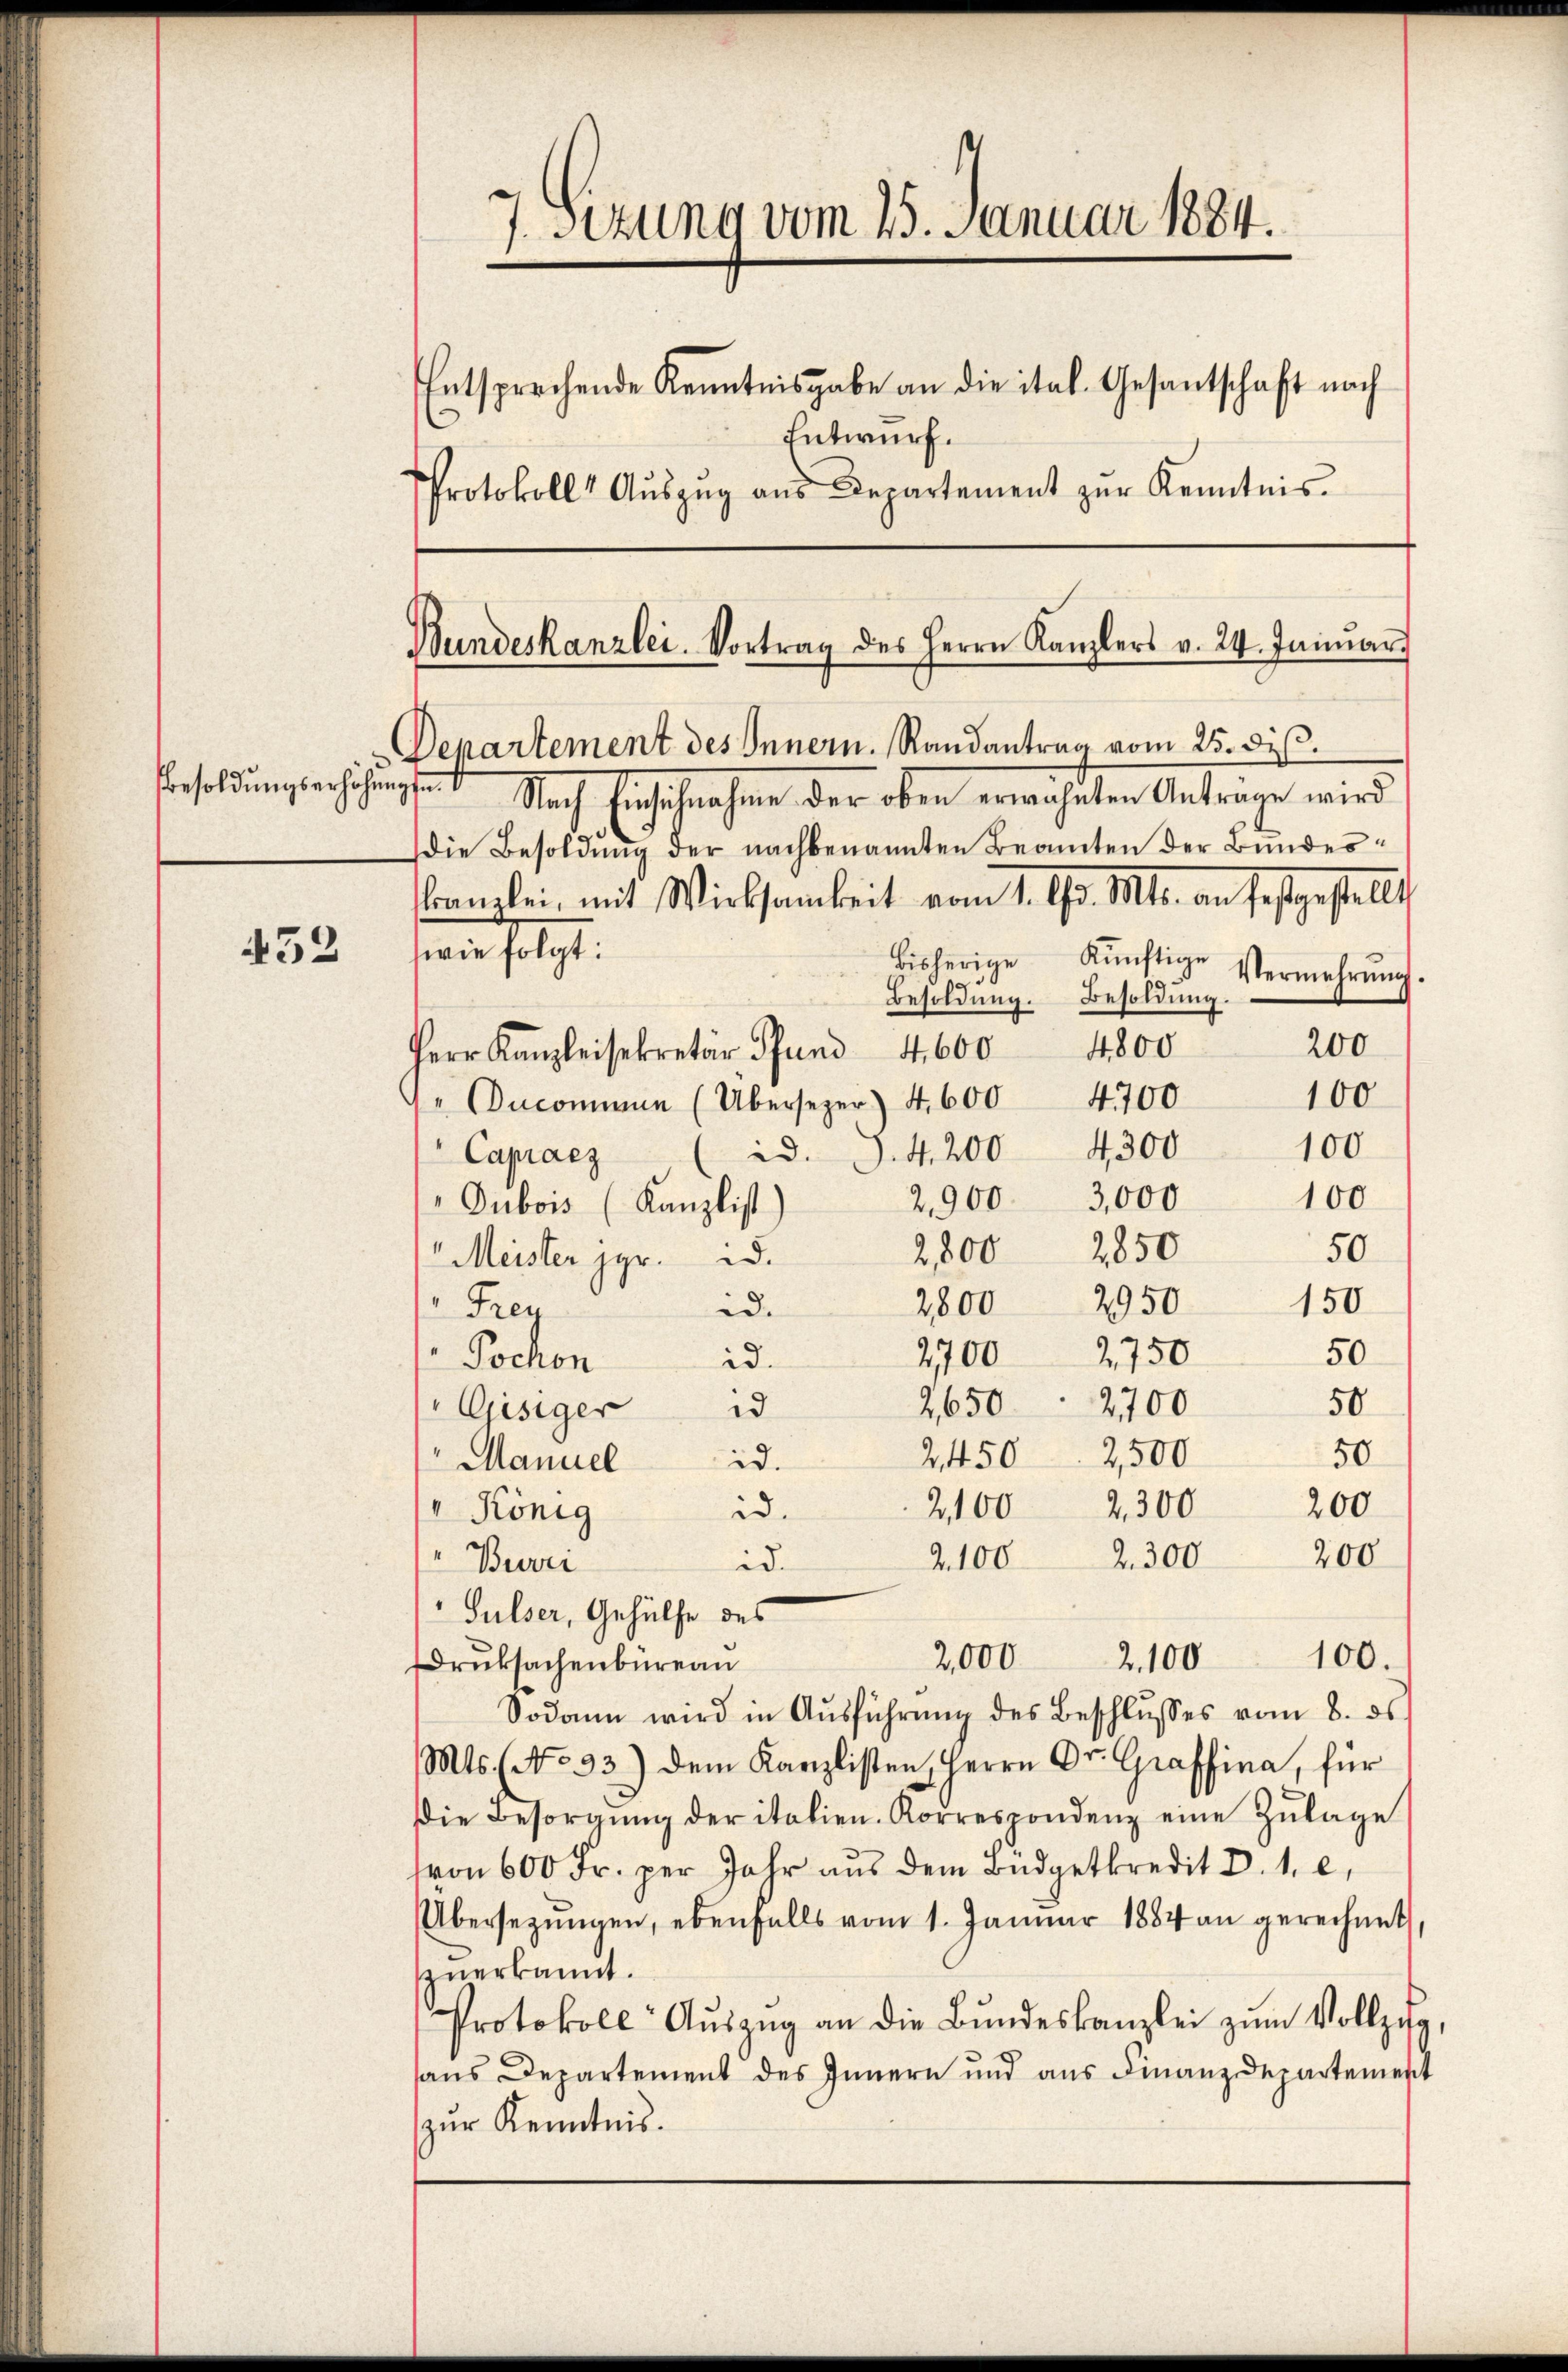
Besoldŭngserhöhŭngsen.

452

7 Sizung vom 25. Januar 1884.
Entsprechende Kenntnisgabe an die ital. Gesantschaft nach
Entwurf.
Protokoll Aŭszŭg aŭs Departement zŭr Kenntnis.

Bundeskanzlei. Vortrag des Herrn Kanzlers v. 24. Janŭar

100
 Oncommen (Übersezer) 4,600 4700
100
id. J. 4. 200 4300
Capraez
100
2,900 3,000
Dubois (Kanzlist
2,800 2850
50
Meister Hr. W.
150
2800 2950
Frey
d.
50.
2,700 2750
Pochon
id.
50
2650. 2700
Gisiger d
50
24502,500
Manuel id.
2,300
200
2100
 König
id.
2.1002. 300 200
id.
Beri
Sulser, Gehülfe des
2,000 2100 100.
Druksachenbureau
Sodann wird in Aŭsführŭng des Beschlŭsses vom 8. ds.
Mts. (No. 33) dem Kanzlisten, Herrn Dr. Graffina, für
Die Besorgŭng der italien. Korrespondenz eine Zŭlage
von 600 Fr. per Jahr aus dem Budgetkredit d. 1. c.
Übersetzŭngen, ebenfalls vom 1. Januar 1884 an gerechnet,
zzuerkannt.
Protokoll Aŭszŭg an die Bŭndeskanzlei zum Vollzug
aus Departement des Innern und aus Finanzdepartement
zur Kenntnis.

Departement des Innern. Randantrag vom 25. diß.
Nach Einschnahme der oben erwähnten Antrage wird
die Besoldung der nachbenannten Beamten der Bundeskanzlei, mit Wirksamkeit vom 1. d. Mts. an festgestellt,
wie folgt:
bisherige künftige Vermehrŭng.
Besoldung. Besoldung
200
4800
Herr Kanzleisekretär Pfund 4600